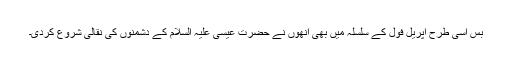
بس اسی طرح اپریل فول کے سلسلہ میں بھی انھوں نے حضرت عیسیٰ علیہ السلام کے دشمنوں کی نقّالی شروع کردی۔